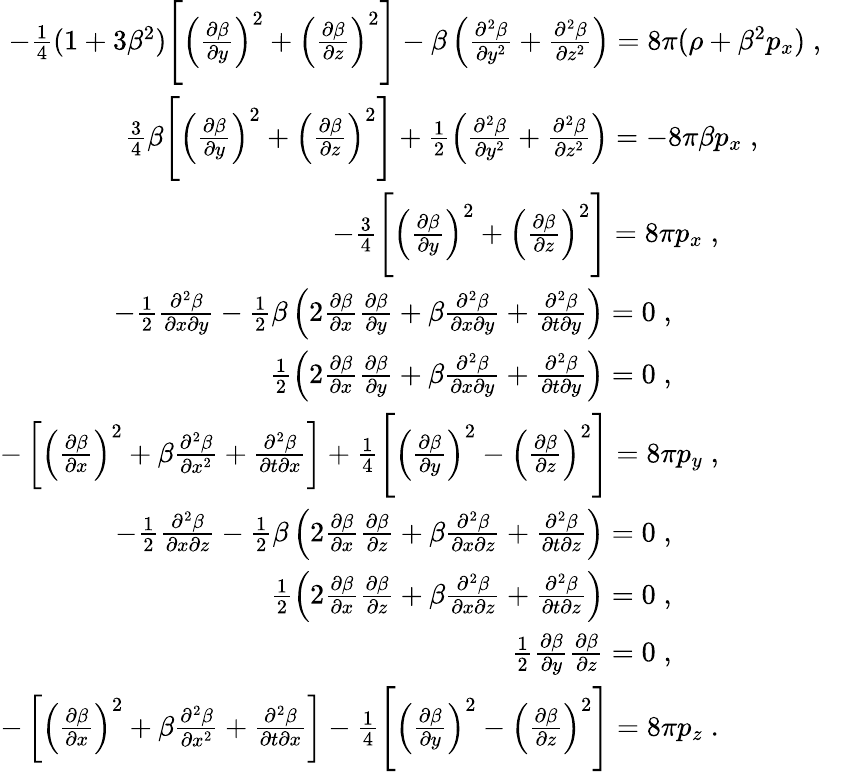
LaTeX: \begin{array}{rl}{-\frac{1}{4}(1+3\beta^{2})\Bigg[\left(\frac{\partial\beta}{\partial y}\right)^{2}+\left(\frac{\partial\beta}{\partial z}\right)^{2}\Bigg]-\beta\left(\frac{\partial^{2}\beta}{\partial y^{2}}+\frac{\partial^{2}\beta}{\partial z^{2}}\right)=8\pi(\rho+\beta^{2}p_{x})\; ,}&{}\\ {\frac{3}{4}\beta\Bigg[\left(\frac{\partial\beta}{\partial y}\right)^{2}+\left(\frac{\partial\beta}{\partial z}\right)^{2}\Bigg]+\frac{1}{2}\left(\frac{\partial^{2}\beta}{\partial y^{2}}+\frac{\partial^{2}\beta}{\partial z^{2}}\right)=-8\pi\beta p_{x}\; ,\; \; \; \; \; \; \; \; }&{}\\ {-\frac{3}{4}\Bigg[\left(\frac{\partial\beta}{\partial y}\right)^{2}+\left(\frac{\partial\beta}{\partial z}\right)^{2}\Bigg]=8\pi p_{x}\; ,\; \; \; \; \; \; \; \; \; \; \; \; \; }&{}\\ {-\frac{1}{2}\frac{\partial^{2}\beta}{\partial x\partial y}-\frac{1}{2}\beta\left(2\frac{\partial\beta}{\partial x}\frac{\partial\beta}{\partial y}+\beta\frac{\partial^{2}\beta}{\partial x\partial y}+\frac{\partial^{2}\beta}{\partial t\partial y}\right)=0\; ,\; \; \; \; \; \; \; \; \; \; \; \; \; \; \; \; \; \; \; }&{}\\ {\frac{1}{2}\left(2\frac{\partial\beta}{\partial x}\frac{\partial\beta}{\partial y}+\beta\frac{\partial^{2}\beta}{\partial x\partial y}+\frac{\partial^{2}\beta}{\partial t\partial y}\right)=0\; ,\; \; \; \; \; \; \; \; \; \; \; \; \; \; \; \; \; \; \; }&{}\\ {-\left[\left(\frac{\partial\beta}{\partial x}\right)^{2}+\beta\frac{\partial^{2}\beta}{\partial x^{2}}+\frac{\partial^{2}\beta}{\partial t\partial x}\right]+\frac{1}{4}\Bigg[\left(\frac{\partial\beta}{\partial y}\right)^{2}-\left(\frac{\partial\beta}{\partial z}\right)^{2}\Bigg]=8\pi p_{y}\; ,\; \; \; \; \; \; \; \; \; \; \; \; \; }&{}\\ {-\frac{1}{2}\frac{\partial^{2}\beta}{\partial x\partial z}-\frac{1}{2}\beta\left(2\frac{\partial\beta}{\partial x}\frac{\partial\beta}{\partial z}+\beta\frac{\partial^{2}\beta}{\partial x\partial z}+\frac{\partial^{2}\beta}{\partial t\partial z}\right)=0\; ,\; \; \; \; \; \; \; \; \; \; \; \; \; \; \; \; \; \; \; }&{}\\ {\frac{1}{2}\left(2\frac{\partial\beta}{\partial x}\frac{\partial\beta}{\partial z}+\beta\frac{\partial^{2}\beta}{\partial x\partial z}+\frac{\partial^{2}\beta}{\partial t\partial z}\right)=0\; ,\; \; \; \; \; \; \; \; \; \; \; \; \; \; \; \; \; \; \; }&{}\\ {\frac{1}{2}\frac{\partial\beta}{\partial y}\frac{\partial\beta}{\partial z}=0\; ,\; \; \; \; \; \; \; \; \; \; \; \; \; \; \; \; \; \; \; }&{}\\ {-\left[\left(\frac{\partial\beta}{\partial x}\right)^{2}+\beta\frac{\partial^{2}\beta}{\partial x^{2}}+\frac{\partial^{2}\beta}{\partial t\partial x}\right]-\frac{1}{4}\Bigg[\left(\frac{\partial\beta}{\partial y}\right)^{2}-\left(\frac{\partial\beta}{\partial z}\right)^{2}\Bigg]=8\pi p_{z}\; .\; \; \; \; \; \; \; \; \; \; \; \; \; }&{}\end{array}